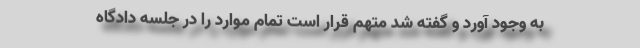
به وجود آورد و گفته شد متهم قرار است تمام موارد را در جلسه دادگاه